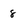
Character: 8